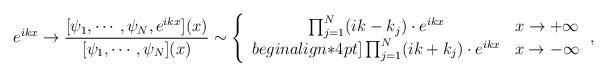
LaTeX: \begin{align*}e^{ikx}\to \frac{[\psi_1,\cdots,\psi_N,e^{ikx}](x)}{[\psi_1,\cdots,\psi_N](x)}\sim\left\{\begin{array}{ccc}\prod_{j=1}^N(ik-k_j)\cdot e^{ikx} & x\to +\infty\\begin{align*}4pt]\prod_{j=1}^N(ik+k_j)\cdot e^{ikx} & x\to -\infty\end{array}\right.,\end{align*}